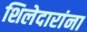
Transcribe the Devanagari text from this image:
शिलेदारांना